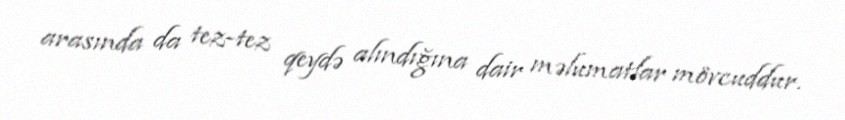
arasında da tez-tez qeydə alındığına dair məlumatlar mövcuddur.